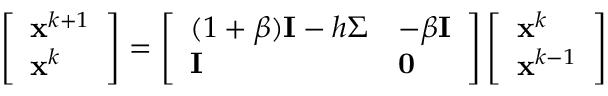
\begin{array} { r } { \left[ \begin{array} { l } { \mathbf { x } ^ { k + 1 } } \\ { \mathbf { x } ^ { k } } \end{array} \right] = \left[ \begin{array} { l l } { ( 1 + \beta ) \mathbf { I } - h \Sigma } & { - \beta \mathbf { I } } \\ { \mathbf { I } } & { \mathbf { 0 } } \end{array} \right] \left[ \begin{array} { l } { \mathbf { x } ^ { k } } \\ { \mathbf { x } ^ { k - 1 } } \end{array} \right] } \end{array}